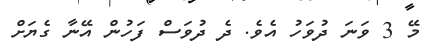
މޭ 3 ވަނަ ދުވަހު އެވެ. ދެ ދުވަސް ފަހުން އޭނާ ގެޔަށް